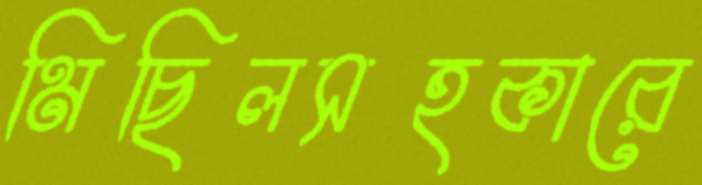
মিছিলসহকারে